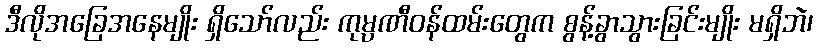
ဒီလိုအခြေအနေမျိုး ရှိသော်လည်း ကုမ္ပဏီဝန်ထမ်းတွေက စွန့်ခွာသွားခြင်းမျိုး မရှိဘဲ၊